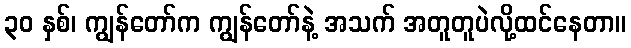
၃၀ နှစ်၊ ကျွန်တော်က ကျွန်တော်နဲ့ အသက် အတူတူပဲလို့ထင်နေတာ။